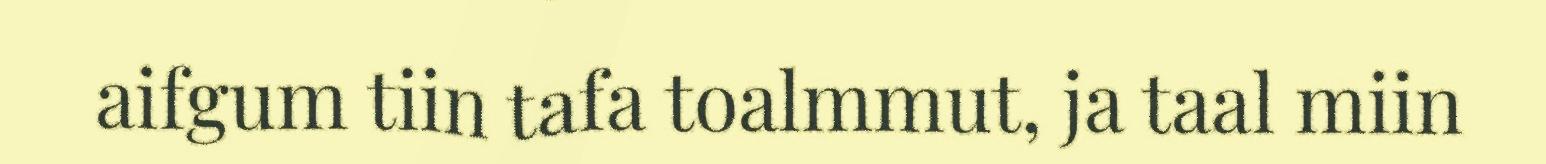
aifgum tiin tafa toalmmut, ja taal miin